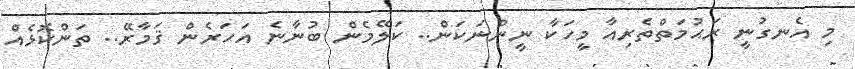
މި އެނގުނީ ރަޙުމަތްތެރިއާ މީހަކާ ނީންނަކަން.. ކަލޭމެން ބުނާނެ އަހަރެން ޤަމާރޭ.. ތަންކޮޅެއް